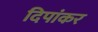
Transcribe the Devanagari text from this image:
दिपांकर